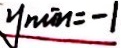
y \min = - 1